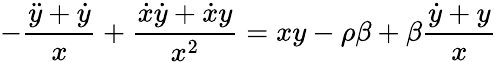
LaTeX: -\frac{\ddot{y}+\dot{y}}{x}+\frac{\dot{x}\dot{y}+\dot{x}y}{x^{2}}=xy-\rho\beta+\beta\frac{\dot{y}+y}{x}